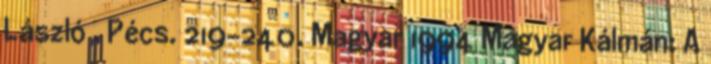
László . Pécs. 219-240. Magyar 1994 Magyar Kálmán: A